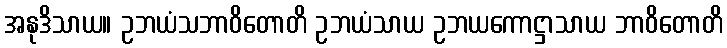
အနုဒိသာယ။ ဥဘယံသဘာဝိတောတိ ဥဘယံသာယ ဥဘယကောဋ္ဌာသာယ ဘာဝိတောတိ